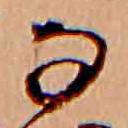
な